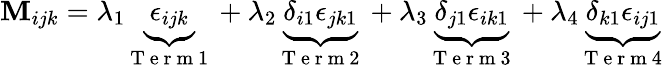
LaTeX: \mathbf{M}_{ijk}=\lambda_{1}\underbrace{{\epsilon_{ijk}}}_{\mathrm{{~T~e~r~m~1~}}}+\lambda_{2}\underbrace{{\delta_{i1}\epsilon_{jk1}}}_{\mathrm{{~T~e~r~m~2~}}}+\lambda_{3}\underbrace{{\delta_{j1}\epsilon_{ik1}}}_{\mathrm{{~T~e~r~m~3~}}}+\lambda_{4}\underbrace{{\delta_{k1}\epsilon_{ij1}}}_{\mathrm{{~T~e~r~m~4~}}}